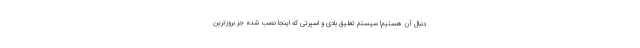
دنبال آن هستیم! سیستم تعلیق بادی و اسپرتی که اینجا نصب شده جز بروزترین